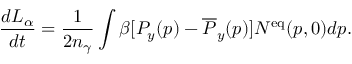
\frac { d L _ { \alpha } } { d t } = \frac { 1 } { 2 n _ { \gamma } } \int \beta [ P _ { y } ( p ) - \overline { { { P } } } _ { y } ( p ) ] N ^ { \mathrm { e q } } ( p , 0 ) d p .